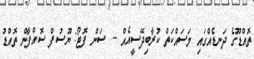
ތޮއްޑޫގެ ދަނޑެއްގައި މަސައްކަތް ކުރާބިދޭސީއެއް -- ސަން ފޮޓޯ: ޔޫސުފް ސޮއްފާން ތޮއްޑު